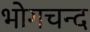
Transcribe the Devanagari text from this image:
भोगचन्द